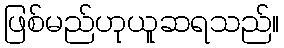
ဖြစ်မည်ဟုယူဆရသည်။